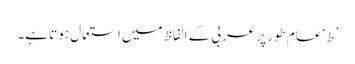
’ط‘ عام طور پر عربی کے الفاظ میں استعمال ہوتا ہے۔